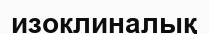
изоклиналық